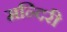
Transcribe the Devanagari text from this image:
मन्दिरी